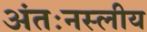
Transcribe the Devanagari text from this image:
अंतःनस्लीय